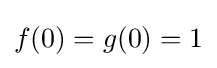
f(0)=g(0)=1